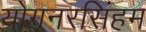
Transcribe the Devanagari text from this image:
योगनरसिंहम